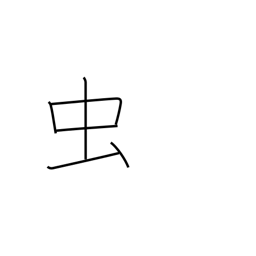
Meaning: bug